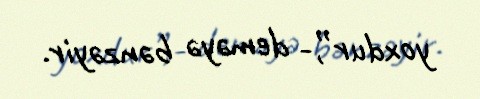
yoxdur”,- deməyə bənzəyir.